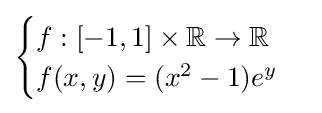
{\begin{cases}f:[-1,1]\times \mathbb {R} \to \mathbb {R} \\f(x,y)=(x^{2}-1)e^{y}\end{cases}}